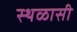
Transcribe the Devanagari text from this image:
स्थळासी